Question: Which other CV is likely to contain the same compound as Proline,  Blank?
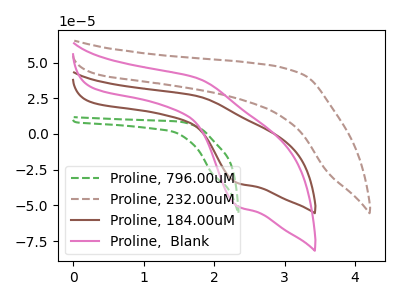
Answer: <think>The green dashed curve "Proline, 796.00uM" has a cathodic peak at: (1.95V, -27.65uA). The brown dashed curve "Proline, 232.00uM" has no peaks. The brown curve "Proline, 184.00uM" has an anodic peak at (1.75V, 26.55uA) and a cathodic peak at (2.35V, -34.20uA). The pink curve "Proline,  Blank" has an anodic peak at (1.75V, 39.10uA) and a cathodic peak at (2.35V, -50.45uA).
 "Proline, 796.00uM" and "Proline, 232.00uM" have a different number of peaks. "Proline, 796.00uM" and "Proline, 184.00uM" have a different number of peaks. "Proline, 796.00uM" and "Proline,  Blank" have a different number of peaks. "Proline, 232.00uM" and "Proline, 184.00uM" have a different number of peaks. "Proline, 232.00uM" and "Proline,  Blank" have a different number of peaks. All the peaks in "Proline, 184.00uM" have a peak in "Proline,  Blank" at the same potential. Every peak in "Proline, 184.00uM" is lower than every peak in "Proline,  Blank".</think>
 <answer>The CV with the most similar shape to "Proline, 184.00uM" is "Proline,  Blank".</answer>
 <eval>"Proline,  Blank"</eval>